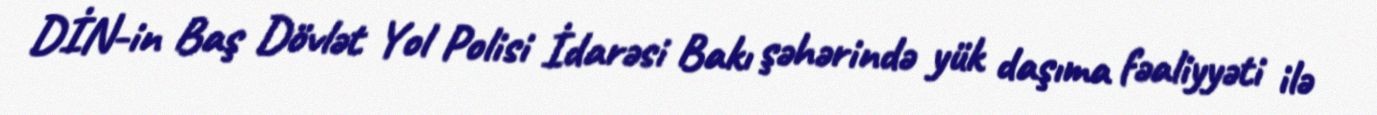
DİN-in Baş Dövlət Yol Polisi İdarəsi Bakı şəhərində yük daşıma fəaliyyəti ilə